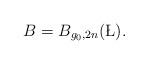
LaTeX: \begin{align*}B = B_{g_0,2n}(\L).\end{align*}